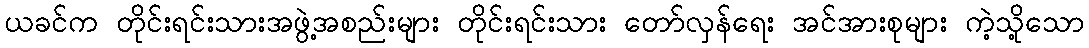
ယခင်က တိုင်းရင်းသားအဖွဲ့အစည်းများ တိုင်းရင်းသား တော်လှန်ရေး အင်အားစုများ ကဲ့သို့သော